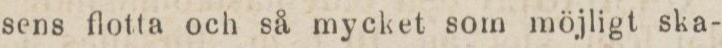
sens flotta och så mycket som möjligt ska-